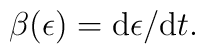
\beta(\epsilon)=\mbox{d}\epsilon/\mbox{d}t.